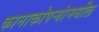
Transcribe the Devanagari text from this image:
कानाकोपर्‍यांमधील